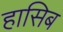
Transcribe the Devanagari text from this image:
हासिब